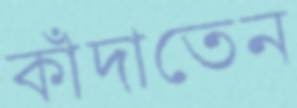
কাঁদাতেন